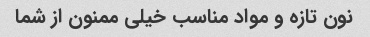
نون تازه و مواد مناسب خیلی ممنون از شما